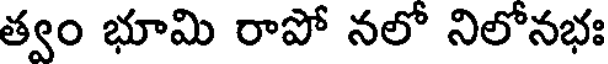
త్వం భూమి రాపో నలో నిలోనభః